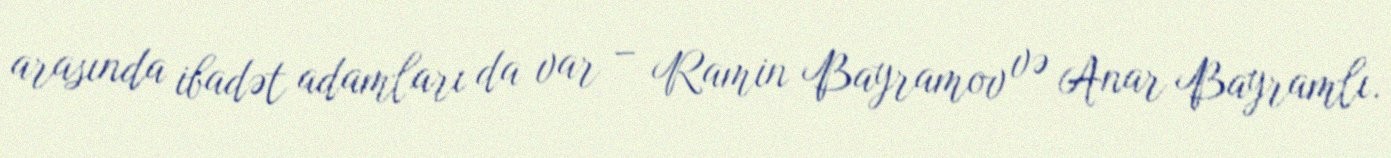
arasında ibadət adamları da var – Ramin Bayramov və Anar Bayramlı.